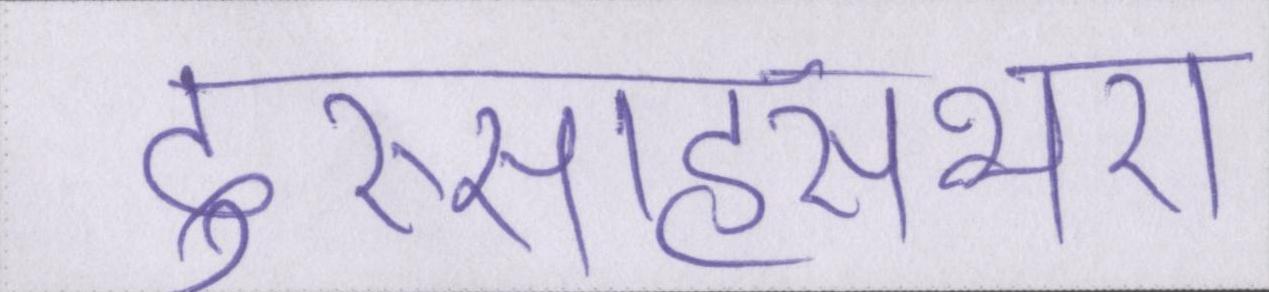
दुस्साहसभरा